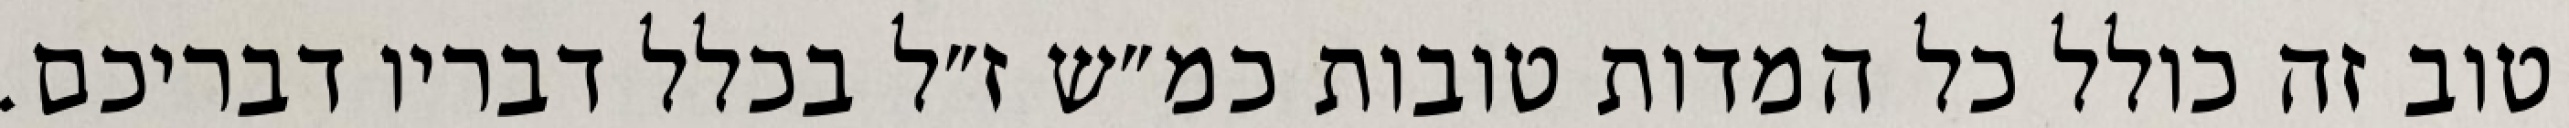
טוב זה כולל כל המדות טובות כמ״ש ז״ל בכלל דבריו דבריכם.